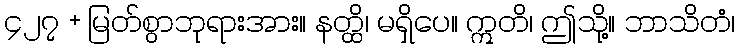
၄၂၇ + မြတ်စွာဘုရားအား။ နတ္ထိ၊ မရှိပေ။ ဣတိ၊ ဤသို့။ ဘာသိတံ၊